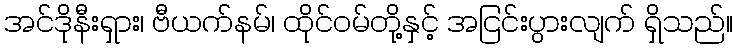
အင်ဒိုနီးရှား၊ ဗီယက်နမ်၊ ထိုင်ဝမ်တို့နှင့် အငြင်းပွားလျက် ရှိသည်။